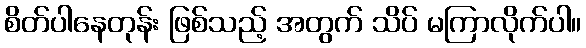
စိတ်ပါနေတုန်း ဖြစ်သည့် အတွက် သိပ် မကြာလိုက်ပါ။